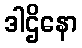
ဒါဌိနော